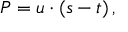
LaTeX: P = u \cdot ( s - t ) \, ,